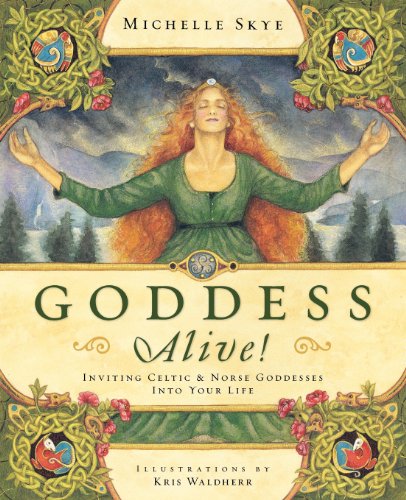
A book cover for Goddess Alive!: Inviting Celtic & Norse Goddesses into Your Life; Michelle Skye; Religion & Spirituality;